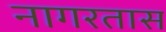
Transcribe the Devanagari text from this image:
नागरतास